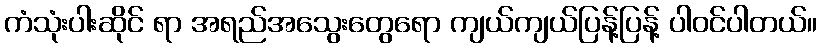
ကံသုံးပါးဆိုင် ရာ အရည်အသွေးတွေရော ကျယ်ကျယ်ပြန့်ပြန့် ပါဝင်ပါတယ်။